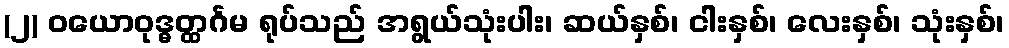
(၂) ဝယောဝုဒ္ဓတ္ထင်္ဂမ ရုပ်သည် အရွယ်သုံးပါး၊ ဆယ်နှစ်၊ ငါးနှစ်၊ လေးနှစ်၊ သုံးနှစ်၊